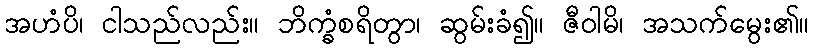
အဟံပိ၊ ငါသည်လည်း။ ဘိက္ခံစရိတွာ၊ ဆွမ်းခံ၍။ ဇီဝါမိ၊ အသက်မွေး၏။